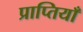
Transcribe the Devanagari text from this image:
प्राप्तियाँ